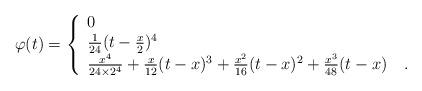
LaTeX: \begin{align*}\varphi(t) = \left\{\begin{array}{ll}0 & \\\frac{1}{24} ( t - \frac{x}{2} )^4 & \\\frac{x^4}{24 \times 2^4} + \frac{x}{12} ( t - x)^3+ \frac{x^2}{16} ( t - x)^2 + \frac{x^3}{48} ( t -x) & \, .\end{array}\right.\end{align*}